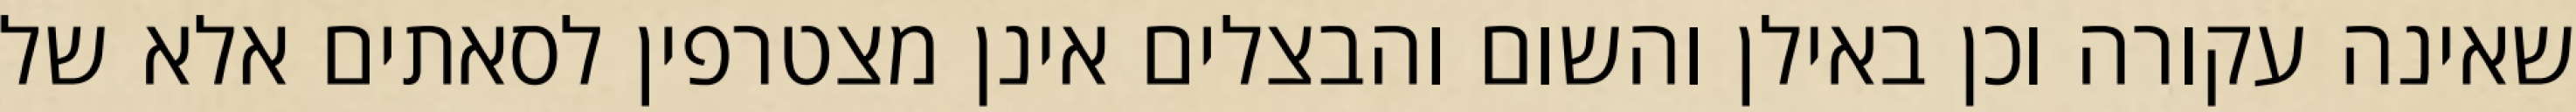
שאינה עקורה וכן באילן והשום והבצלים אינן מצטרפין לסאתים אלא של